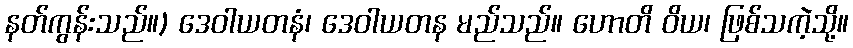
နတ်ကွန်းသည်။) ဒေဝါယတနံ၊ ဒေဝါယတန မည်သည်။ ဟောတိ ဝိယ၊ ဖြစ်သကဲ့သို့။